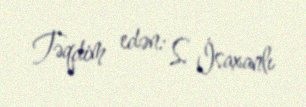
Təqdim edən: S. İsaxanlı